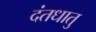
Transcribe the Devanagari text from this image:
दंतधातु